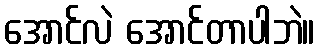
အောင်လဲ အောင်တာပါဘဲ။